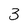
Character: 3